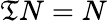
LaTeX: \mathfrak{T}N=N